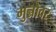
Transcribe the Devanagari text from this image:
मुन्नौवर